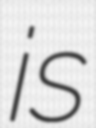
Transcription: is